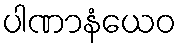
ပါဏာနံယေဝ